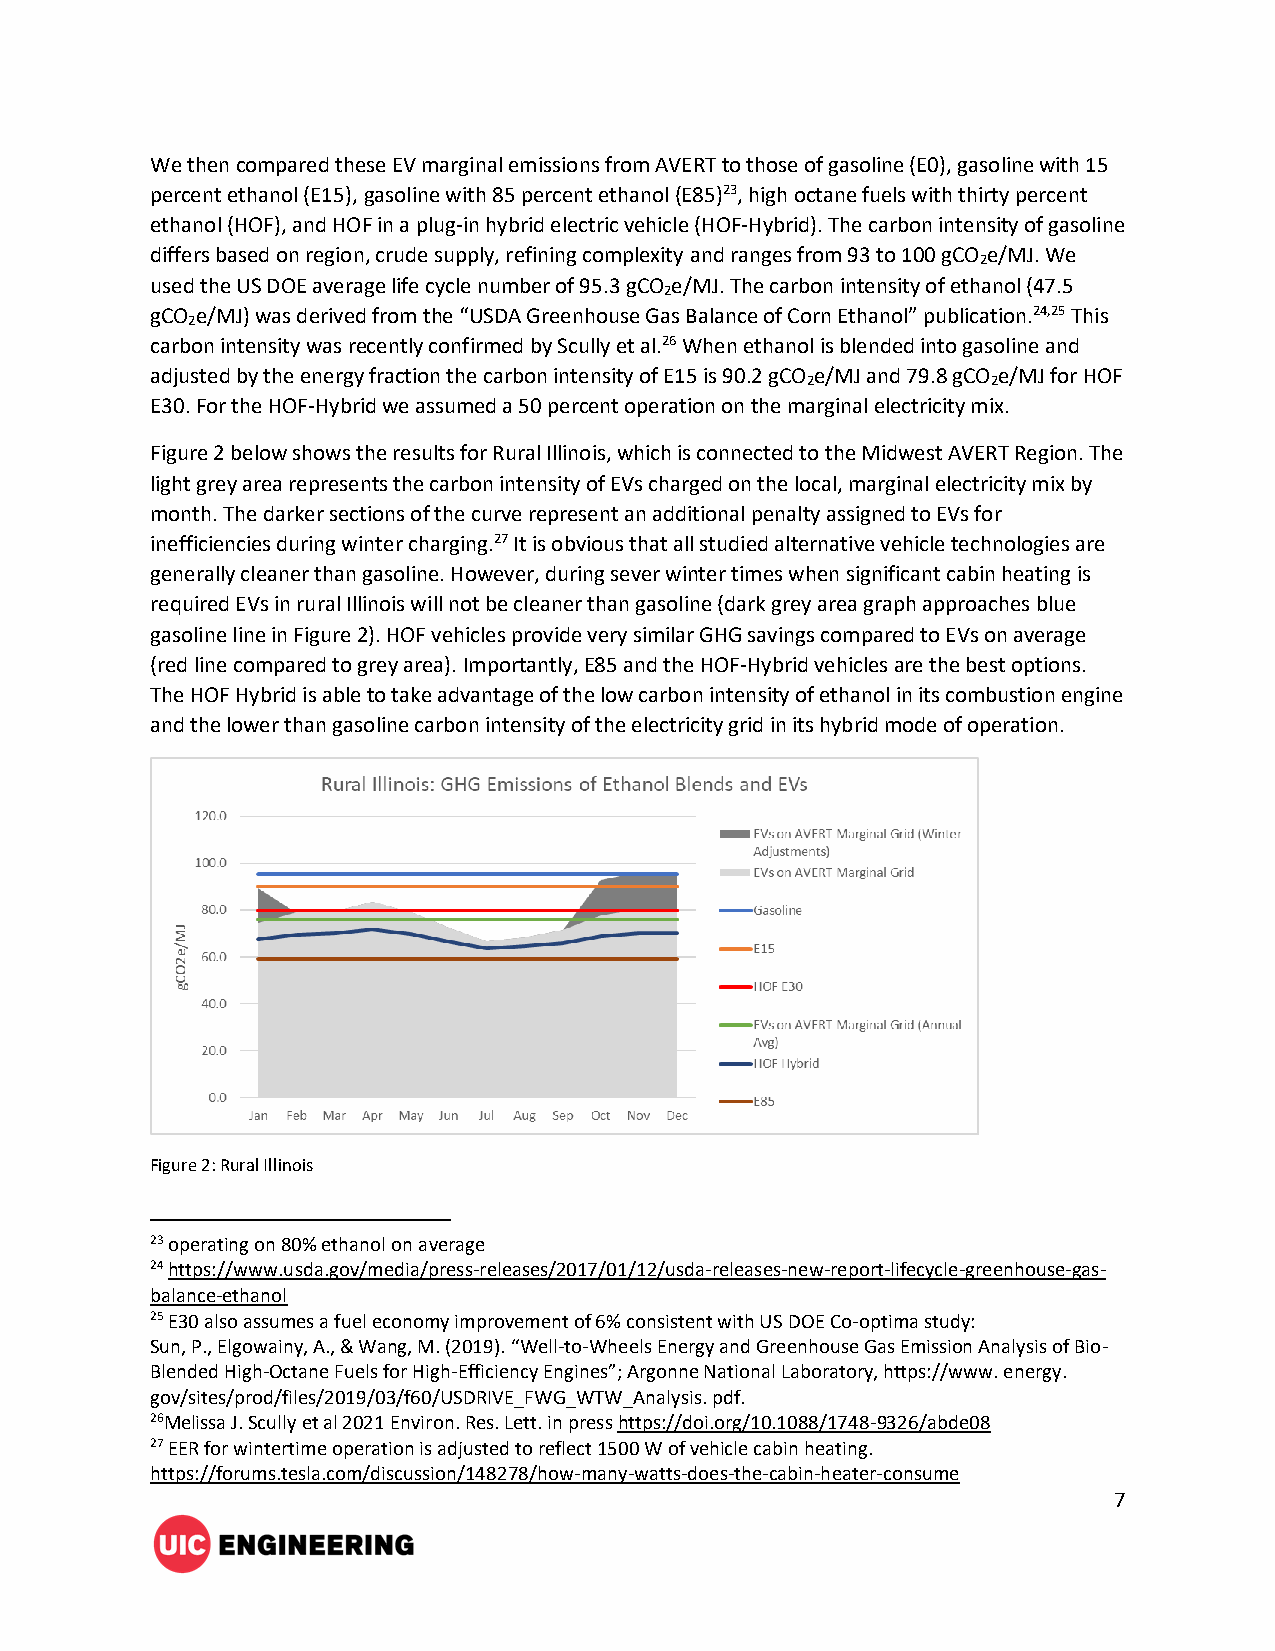
We then compared these EV marginal emissions from AVERT to those of gasoline (E0), gasoline with 15
 percent ethanol (E15), gasoline with 85 percent ethanol (E85)23, high octane fuels with thirty percent
 ethanol (HOF), and HOF in a plug-in hybrid electric vehicle (HOF-Hybrid). The carbon intensity of gasoline
 differs based on region, crude supply, refining complexity and ranges from 93 to 100 gCO e/MJ. We
 2
 used the US DOE average life cycle number of 95.3 gCO e/MJ. The carbon intensity of ethanol (47.5
 2
 gCO e/MJ) was derived from the “USDA Greenhouse Gas Balance of Corn Ethanol” publication.24,25 This
 2
 carbon intensity was recently confirmed by Scully et al.26 When ethanol is blended into gasoline and
 adjusted by the energy fraction the carbon intensity of E15 is 90.2 gCO e/MJ and 79.8 gCO e/MJ for HOF
 2            2
 E30. For the HOF-Hybrid we assumed a 50 percent operation on the marginal electricity mix.
 Figure 2 below shows the results for Rural Illinois, which is connected to the Midwest AVERT Region. The
 light grey area represents the carbon intensity of EVs charged on the local, marginal electricity mix by
 month. The darker sections of the curve represent an additional penalty assigned to EVs for
 inefficiencies during winter charging.27 It is obvious that all studied alternative vehicle technologies are
 generally cleaner than gasoline. However, during sever winter times when significant cabin heating is
 required EVs in rural Illinois will not be cleaner than gasoline (dark grey area graph approaches blue
 gasoline line in Figure 2). HOF vehicles provide very similar GHG savings compared to EVs on average
 (red line compared to grey area). Importantly, E85 and the HOF-Hybrid vehicles are the best options.
 The HOF Hybrid is able to take advantage of the low carbon intensity of ethanol in its combustion engine
 and the lower than gasoline carbon intensity of the electricity grid in its hybrid mode of operation.
 Figure 2: Rural Illinois
 23 operating on 80% ethanol on average
 24 https://www.usda.gov/media/press-releases/2017/01/12/usda-releases-new-report-lifecycle-greenhouse-gas-
 balance-ethanol
 25 E30 also assumes a fuel economy improvement of 6% consistent with US DOE Co-optima study:
 Sun, P., Elgowainy, A., & Wang, M. (2019). “Well-to-Wheels Energy and Greenhouse Gas Emission Analysis of Bio-
 Blended High-Octane Fuels for High-Efficiency Engines”; Argonne National Laboratory, https://www. energy.
 gov/sites/prod/files/2019/03/f60/USDRIVE_FWG_WTW_Analysis. pdf.
 26Melissa J. Scully et al 2021 Environ. Res. Lett. in press https://doi.org/10.1088/1748-9326/abde08
 27 EER for wintertime operation is adjusted to reflect 1500 W of vehicle cabin heating.
 https://forums.tesla.com/discussion/148278/how-many-watts-does-the-cabin-heater-consume
 7